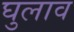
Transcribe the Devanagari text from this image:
घुलाव